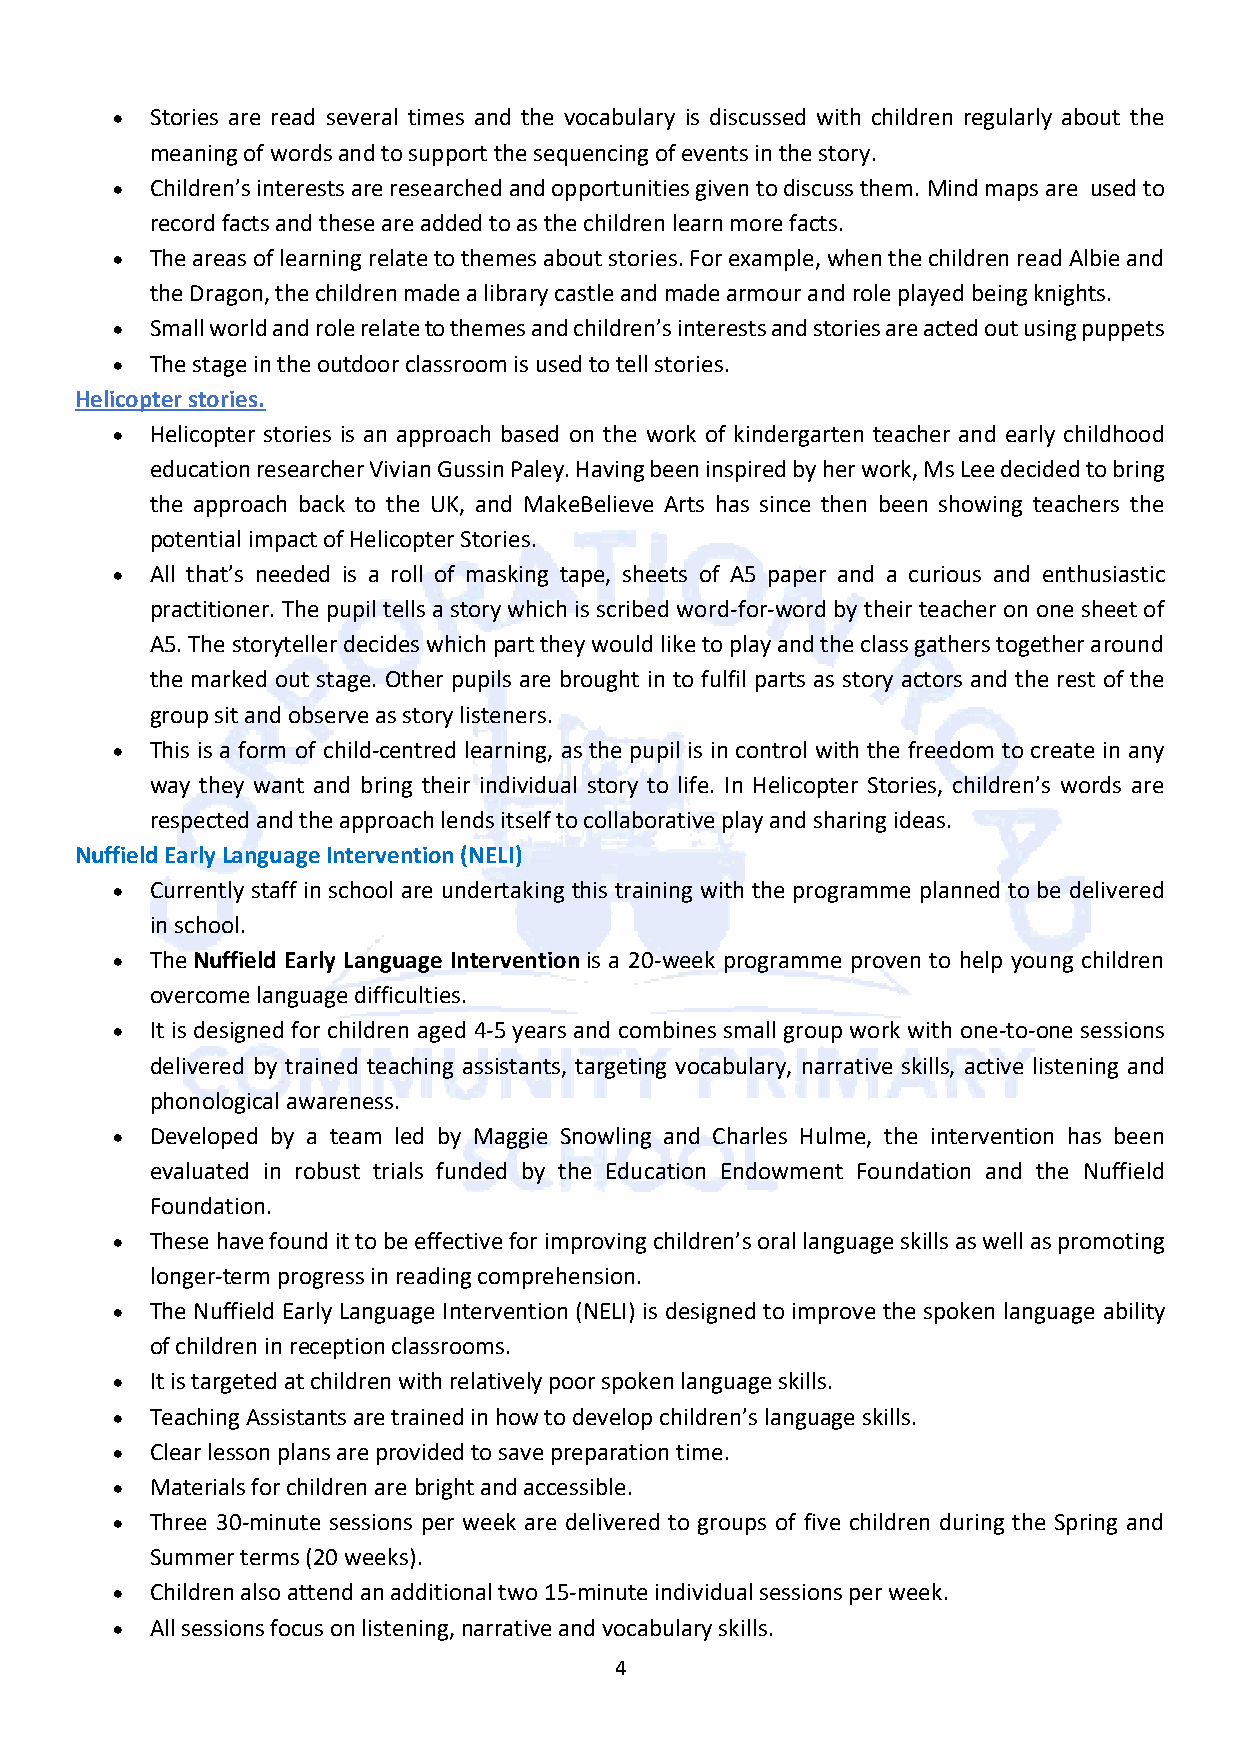
•  Stories are read several times and the vocabulary is discussed with children regularly about the
 meaning of words and to support the sequencing of events in the story.
 •  Children’s interests are researched and opportunities given to discuss them. Mind maps are used to
 record facts and these are added to as the children learn more facts.
 •  The areas of learning relate to themes about stories. For example, when the children read Albie and
 the Dragon, the children made a library castle and made armour and role played being knights.
 •  Small world and role relate to themes and children’s interests and stories are acted out using puppets
 •  The stage in the outdoor classroom is used to tell stories.
 Helicopter stories.
 •  Helicopter stories is an approach based on the work of kindergarten teacher and early childhood
 education researcher Vivian Gussin Paley. Having been inspired by her work, Ms Lee decided to bring
 the approach back to the UK, and MakeBelieve Arts has since then been showing teachers the
 potential impact of Helicopter Stories.
 •  All that’s needed is a roll of masking tape, sheets of A5 paper and a curious and enthusiastic
 practitioner. The pupil tells a story which is scribed word-for-word by their teacher on one sheet of
 A5. The storyteller decides which part they would like to play and the class gathers together around
 the marked out stage. Other pupils are brought in to fulfil parts as story actors and the rest of the
 group sit and observe as story listeners.
 •  This is a form of child-centred learning, as the pupil is in control with the freedom to create in any
 way they want and bring their individual story to life. In Helicopter Stories, children’s words are
 respected and the approach lends itself to collaborative play and sharing ideas.
 Nuffield Early Language Intervention (NELI)
 •  Currently staff in school are undertaking this training with the programme planned to be delivered
 in school.
 •  The Nuffield Early Language Intervention is a 20-week programme proven to help young children
 overcome language difficulties.
 •  It is designed for children aged 4-5 years and combines small group work with one-to-one sessions
 delivered by trained teaching assistants, targeting vocabulary, narrative skills, active listening and
 phonological awareness.
 •  Developed by a team led by Maggie Snowling and Charles Hulme, the intervention has been
 evaluated in robust trials funded by the Education Endowment Foundation and the Nuffield
 Foundation.
 •  These have found it to be effective for improving children’s oral language skills as well as promoting
 longer-term progress in reading comprehension.
 •  The Nuffield Early Language Intervention (NELI) is designed to improve the spoken language ability
 of children in reception classrooms.
 •  It is targeted at children with relatively poor spoken language skills.
 •  Teaching Assistants are trained in how to develop children’s language skills.
 •  Clear lesson plans are provided to save preparation time.
 •  Materials for children are bright and accessible.
 •  Three 30-minute sessions per week are delivered to groups of five children during the Spring and
 Summer terms (20 weeks).
 •  Children also attend an additional two 15-minute individual sessions per week.
 •  All sessions focus on listening, narrative and vocabulary skills.
 4